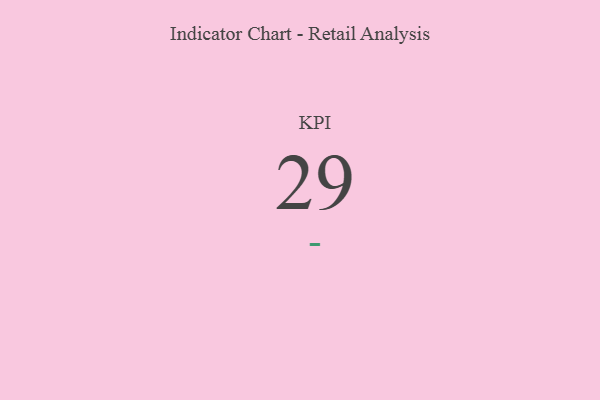
{"axis": {"x": "KPI", "y": "Value"}, "legend": [""], "data": [{"x": "KPI", "y": 29, "type": ""}]}